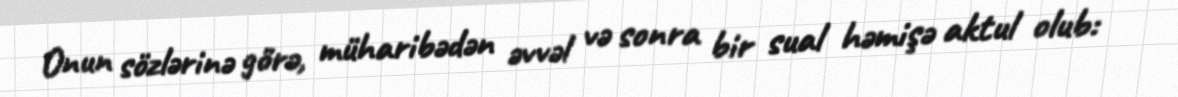
Onun sözlərinə görə, müharibədən əvvəl və sonra bir sual həmişə aktul olub: